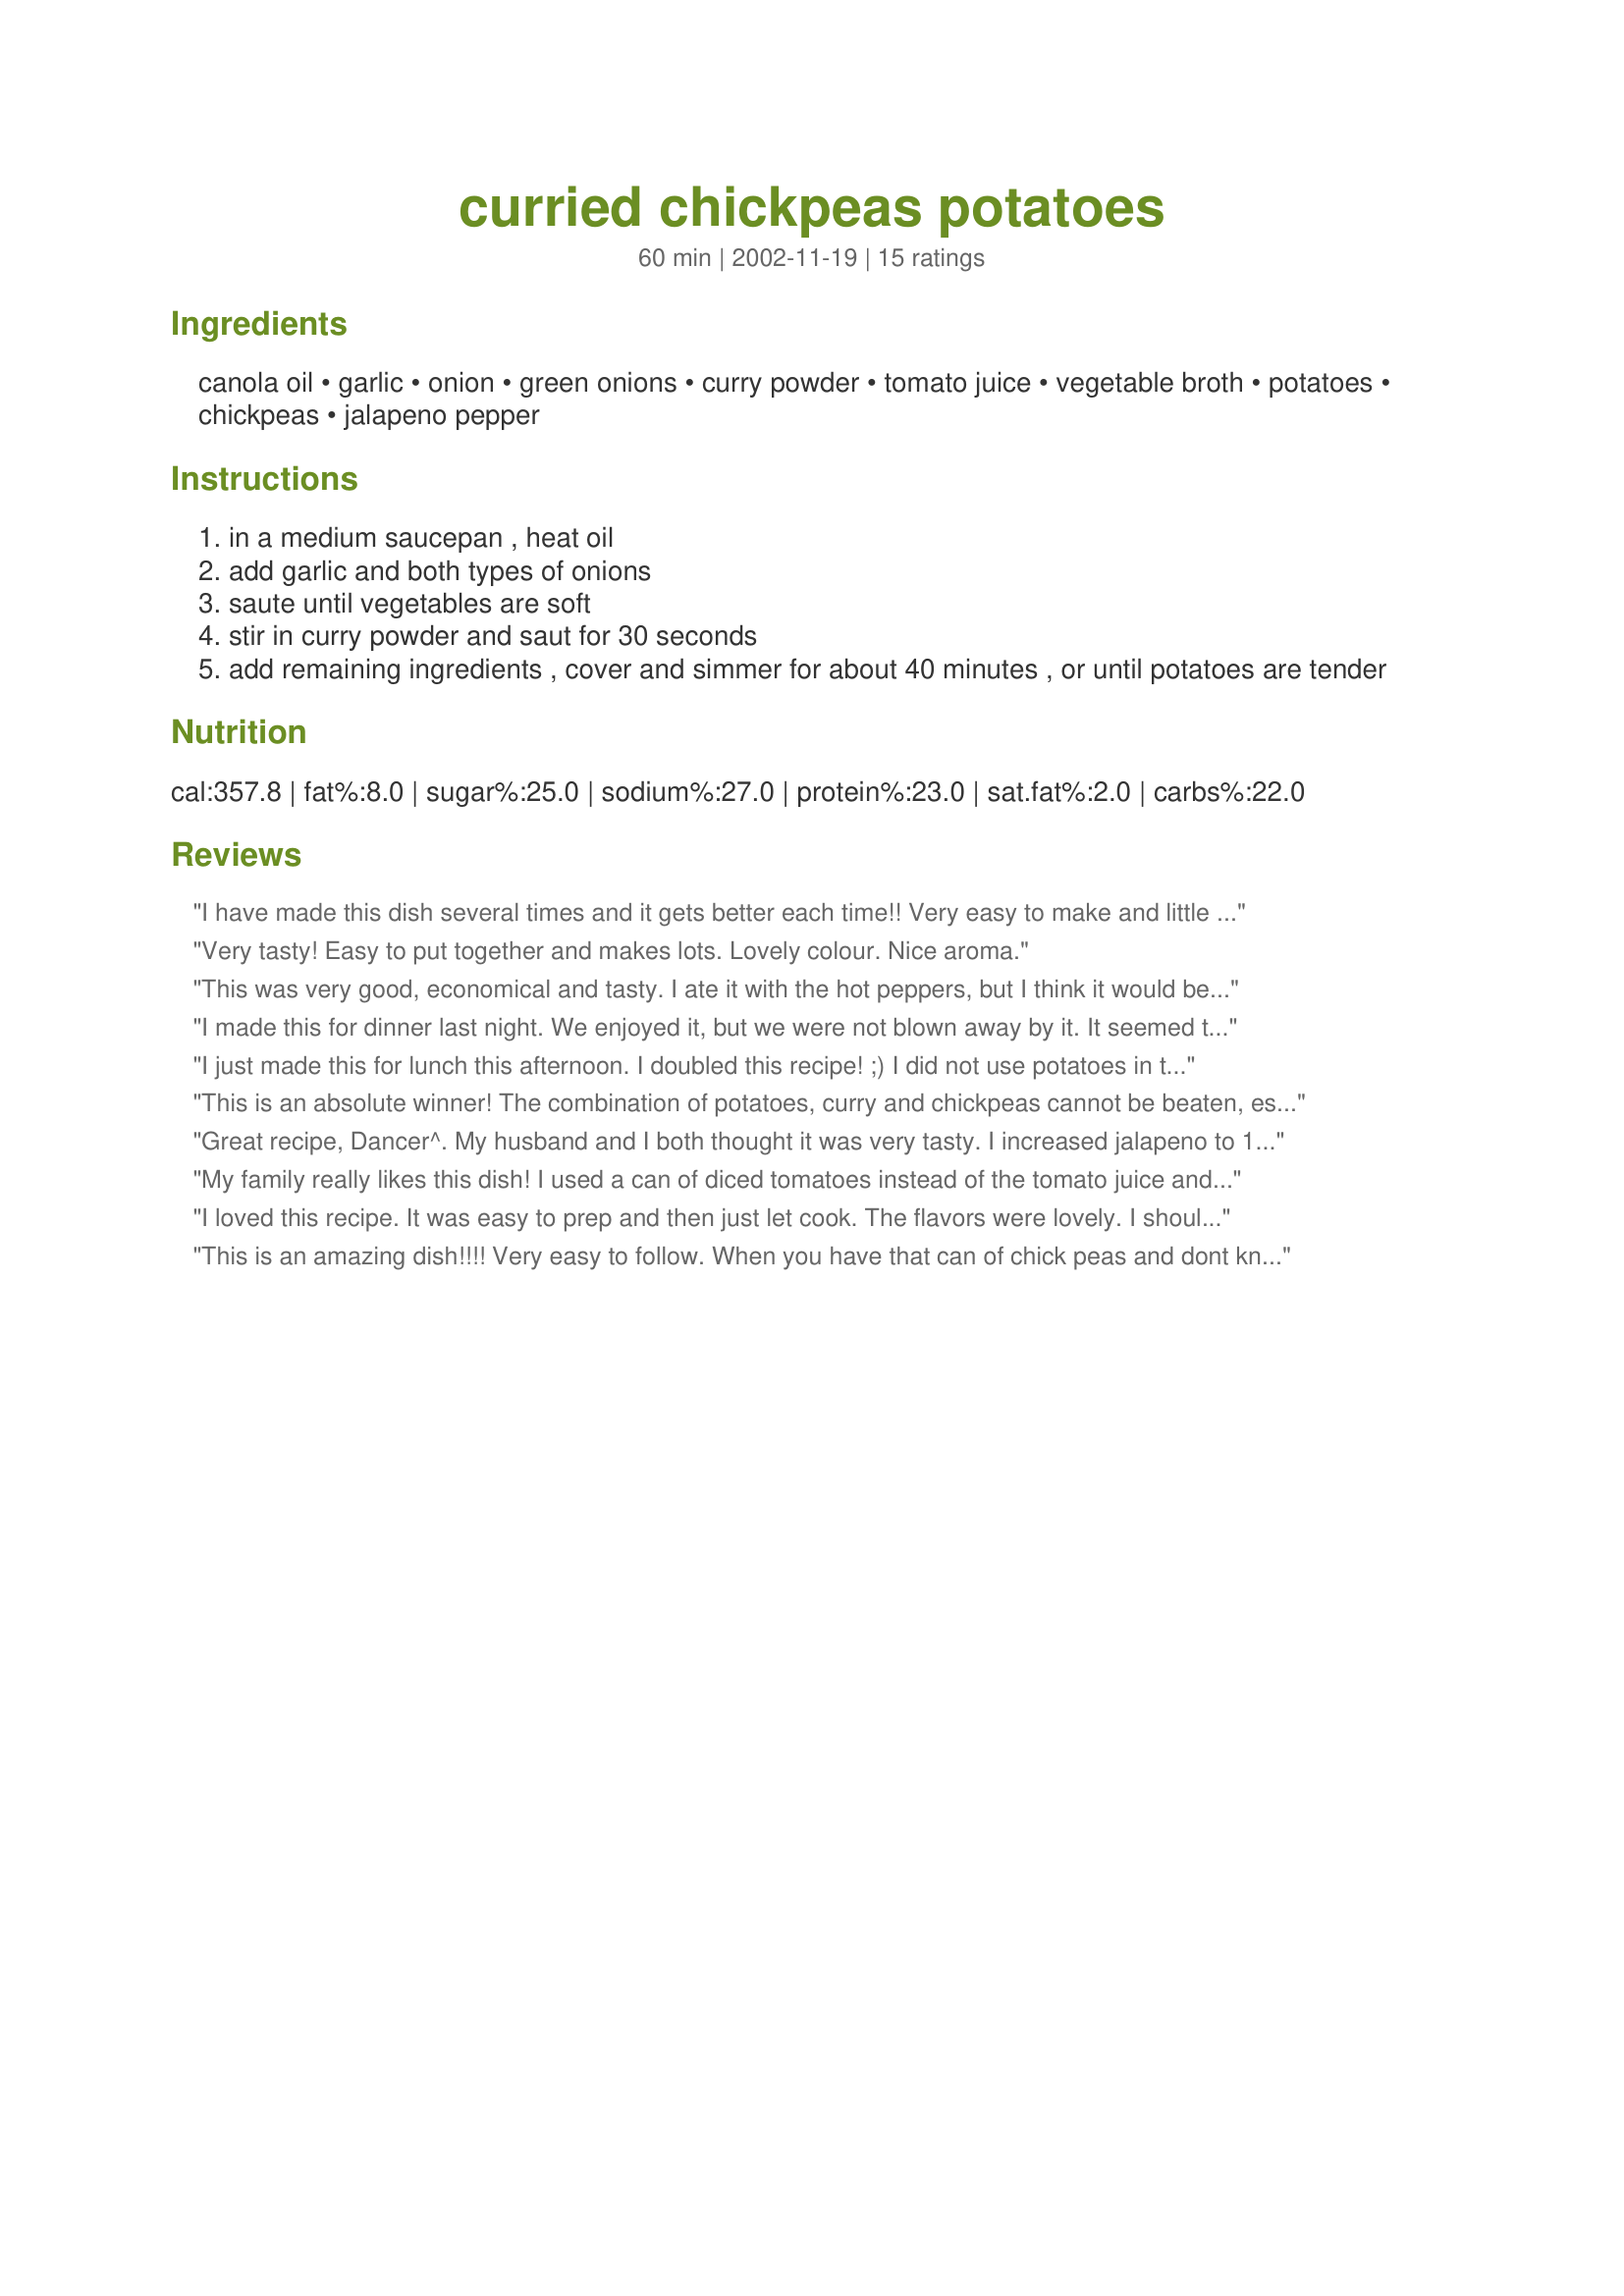
curried chickpeas potatoes
Preparation time: 60 minutes

Ingredients:
canola oil, garlic, onion, green onions, curry powder, tomato juice, vegetable broth, potatoes, chickpeas, jalapeno pepper

Steps:
in a medium saucepan , heat oil
add garlic and both types of onions
saute until vegetables are soft
stir in curry powder and saut for 30 seconds
add remaining ingredients , cover and simmer for about 40 minutes , or until potatoes are tender

Reviews:
I have made this dish several times and it gets better each time!! Very easy to make and little prep time. I make it without the jalapenos, but add red pepper.

Very tasty! Easy to put together and makes lots. Lovely colour. Nice aroma.
This was very good, economical and tasty. I ate it with the hot peppers, but I think it would be also good without.
I made this for dinner last night. We enjoyed it, but we were not blown away by it. It seemed to lack a bit of flavor. Followed recipe exactly including the addition of jalapeno.
I just made this for lunch this afternoon. I doubled this recipe! ;)

I did not use potatoes in this because I'm trying to cut on starchy food these days. I used fresh chickpeas which I soaked overnight, boiled this morning and then added to this recipe while cooking it. I did not use tomato juice. I used about 6-8 small fresh tomatoes(peeled and chopped).I found this on the spicy side, it's the curry that is so flavourful! I loved this with rice and yoghurt; delish absolutely, Auntie Janette! Thanks so much for posting! Miss hearing from you...Hope your good!
This is an absolute winner! The combination of potatoes, curry and chickpeas cannot be beaten, especially when you are in need of some guilt-free comfort food! I'd cook it with some additional chopped chilli, and serve it with some VERY lightly steamed spinach for a feast for body and soul...
Great recipe, Dancer^. My husband and I both thought it was very tasty. I increased jalapeno to 1 t. and that was perfect for our tastes. Potatoes and chickpeas go well together and we are carb lovers so the comfort level was high. The curry, onion, and tomato flavors were well balanced. Thanks for another good one.
My family really likes this dish! I used a can of diced tomatoes instead of the tomato juice and it turned out great. Thanks!
I loved this recipe. It was easy to prep and then just let cook. The flavors were lovely. I should note that my family didn't like it as much as I did...they found it too mushy. I disagree, but I probably could sautÃ© the onions less, keeping them crisper, and reduce overall cooking time so the potatoes and chickpeas would be more firm. I also think serving it over lightly steamed spinach would give it more crunch. But regardless, those silly meat-eaters don't know what they're talking about anyway. This was wonderful!
This is an amazing dish!!!! Very easy to follow. When you have that can of chick peas and dont know what to do with them here is your answer. I some time add a little fresh spinach to it for color. Thanks for posting.
I have made this recipe several times, and I and my partner just love it! It's quick to prepare, healthy, and the flavors blend just beautifully. I have served it on rice and on thin spaghetti, and both are good. I'm planning to make it again this week!
Absolutely delicious and so easy to make. Better than the ones I buy at the Indian restaurant. My husband, who is very fussy, loved it. We will have it tonight with rice. Thanks. Love you Recipezaar.
OMG I just want to say that I loved this recipe. My daughter (25 yrs old)& I love to try new recipes. We both love curry. The combination of the curry and potatoes was just amazing. Thank you for post such a great recipe. This is now 1 of our fav's :)
yum! This was so simple to make, and the flavor was so rich and delicious, and very filling dish too! I normally hate tomato juice, and was pleasantly surprised by how good it could taste. 

Very nice! Simple, healthy and super filling. Thanks for sharing the recipe.
